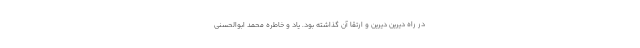
در راه دیرین دیرین و ارتقا آن گذاشته بود. یاد و خاطره محمد ابوالحسنی